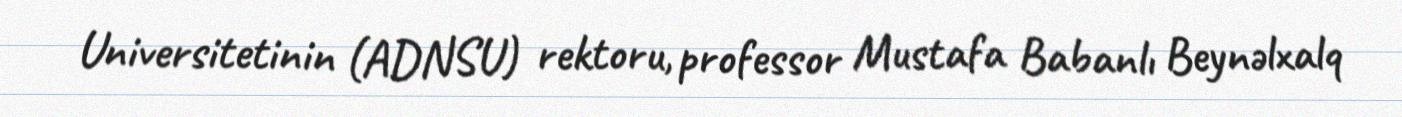
Universitetinin (ADNSU) rektoru, professor Mustafa Babanlı Beynəlxalq